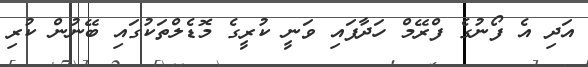
އަދި އެ ފޯނުގެ ފްރޭމް ހަދާފައި ވަނީ ކުރީގެ މޮޑެލްތަކުގައި ބޭނުން ކުރި